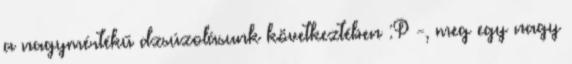
a nagymértékű dzsúzolásunk következtében :P -, meg egy nagy